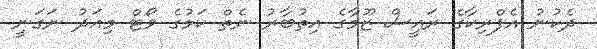
ދެކުނު އެފްރިކާގެ ރައީސް ޒޫމާގެ އިތުބާރު ނެތް ކަމުގެ ވޯޓް މިއަދު ނަގަނީ